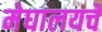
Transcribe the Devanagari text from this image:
मेघालयचे